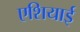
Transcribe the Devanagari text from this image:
एशियाई